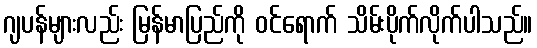
ဂျပန်များလည်း မြန်မာပြည်ကို ဝင်ရောက် သိမ်းပိုက်လိုက်ပါသည်။